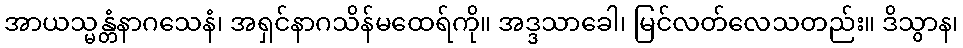
အာယသ္မန္တံနာဂသေနံ၊ အရှင်နာဂသိန်မထေရ်ကို။ အဒ္ဒသာခေါ၊ မြင်လတ်လေသတည်း။ ဒိသွာန၊